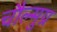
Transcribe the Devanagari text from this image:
चौल्मुग्र